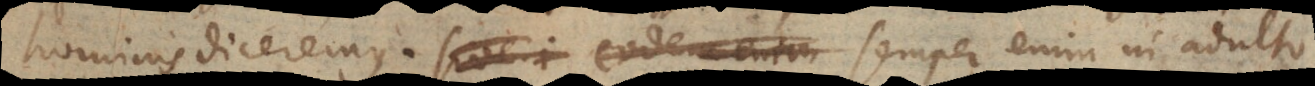
hominis diceremus; semper enim in adulto,